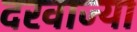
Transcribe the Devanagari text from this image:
दरवाज्या